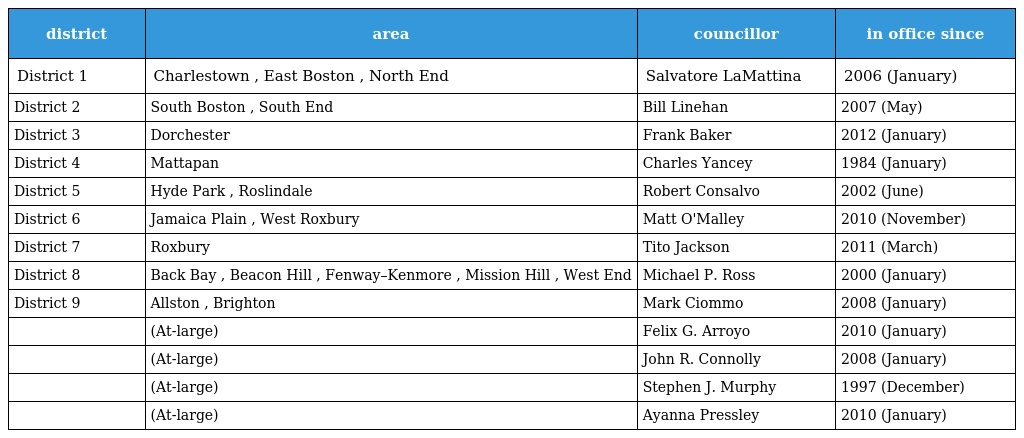
| district | area | councillor | in office since |
 | --- | --- | --- | --- |
 | District 1 | Charlestown , East Boston , North End | Salvatore LaMattina | 2006 (January) |
 | District 2 | South Boston , South End | Bill Linehan | 2007 (May) |
 | District 3 | Dorchester | Frank Baker | 2012 (January) |
 | District 4 | Mattapan | Charles Yancey | 1984 (January) |
 | District 5 | Hyde Park , Roslindale | Robert Consalvo | 2002 (June) |
 | District 6 | Jamaica Plain , West Roxbury | Matt O'Malley | 2010 (November) |
 | District 7 | Roxbury | Tito Jackson | 2011 (March) |
 | District 8 | Back Bay , Beacon Hill , Fenway–Kenmore , Mission Hill , West End | Michael P. Ross | 2000 (January) |
 | District 9 | Allston , Brighton | Mark Ciommo | 2008 (January) |
 |  | (At-large) | Felix G. Arroyo | 2010 (January) |
 |  | (At-large) | John R. Connolly | 2008 (January) |
 |  | (At-large) | Stephen J. Murphy | 1997 (December) |
 |  | (At-large) | Ayanna Pressley | 2010 (January) |